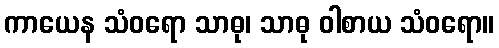
ကာယေန သံဝရော သာဓု၊ သာဓု ဝါစာယ သံဝရော။